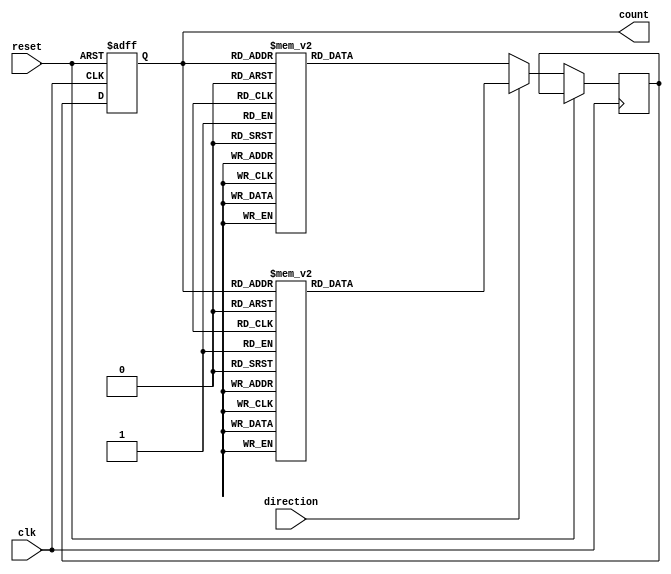
module BidirectionalGrayCounter (
    input wire clk,
    input wire reset,
    input wire direction,
    output reg [3:0] count
);

reg [3:0] next_count;

always @(posedge clk or posedge reset) begin
    if (reset) begin
        count <= 4'b0000;
    end else begin
        if (direction) begin // Count up
            case(count)
                4'b0000: next_count <= 4'b0001;
                4'b0001: next_count <= 4'b0011;
                4'b0011: next_count <= 4'b0010;
                4'b0010: next_count <= 4'b0110;
                4'b0110: next_count <= 4'b0111;
                4'b0111: next_count <= 4'b0101;
                4'b0101: next_count <= 4'b0100;
                4'b0100: next_count <= 4'b1100;
                4'b1100: next_count <= 4'b1101;
                4'b1101: next_count <= 4'b1111;
                4'b1111: next_count <= 4'b1110;
                4'b1110: next_count <= 4'b1010;
                4'b1010: next_count <= 4'b1011;
                4'b1011: next_count <= 4'b1001;
                4'b1001: next_count <= 4'b1000;
                4'b1000: next_count <= 4'b0000;
            endcase
        end else begin // Count down
            case(count)
                4'b0000: next_count <= 4'b1000;
                4'b1000: next_count <= 4'b1001;
                4'b1001: next_count <= 4'b1011;
                4'b1011: next_count <= 4'b1010;
                4'b1010: next_count <= 4'b1110;
                4'b1110: next_count <= 4'b1111;
                4'b1111: next_count <= 4'b1101;
                4'b1101: next_count <= 4'b1100;
                4'b1100: next_count <= 4'b0100;
                4'b0100: next_count <= 4'b0101;
                4'b0101: next_count <= 4'b0111;
                4'b0111: next_count <= 4'b0110;
                4'b0110: next_count <= 4'b0010;
                4'b0010: next_count <= 4'b0011;
                4'b0011: next_count <= 4'b0001;
                4'b0001: next_count <= 4'b0000;
            endcase
        end
        count <= next_count;
    end
end

endmodule